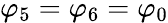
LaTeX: \varphi_{5}=\varphi_{6}=\varphi_{0}